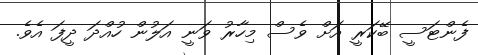
ފެންޓަސީ ބޭކަރީ އަށް ވެސް މިހާރު ވަނީ އަލުން ހުއްދަ ދީފަ އެވެ.